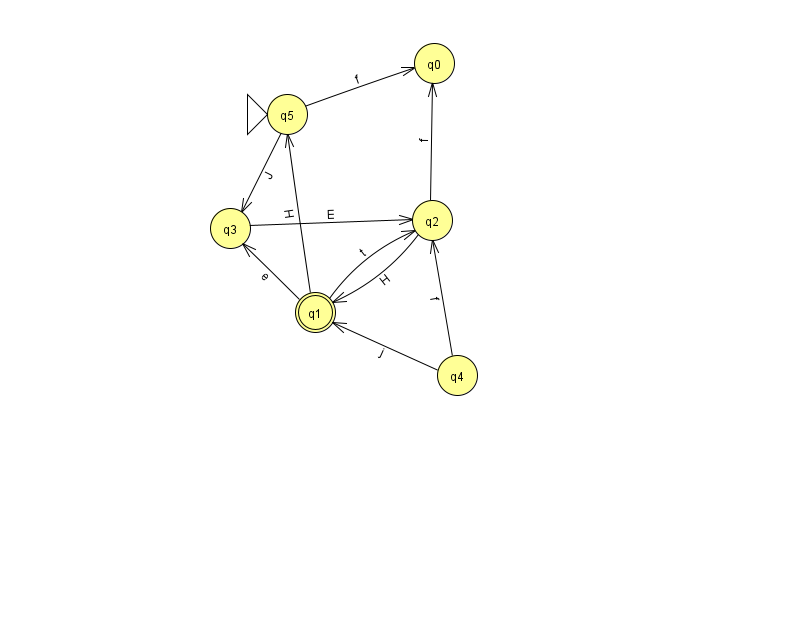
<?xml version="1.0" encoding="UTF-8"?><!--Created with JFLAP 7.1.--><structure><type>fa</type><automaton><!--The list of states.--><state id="0" name="q0"><x>434.0</x><y>50.0</y></state><state id="1" name="q1"><x>315.0</x><y>299.0</y><final/></state><state id="2" name="q2"><x>432.0</x><y>207.0</y></state><state id="3" name="q3"><x>230.0</x><y>215.0</y></state><state id="4" name="q4"><x>457.0</x><y>362.0</y></state><state id="5" name="q5"><x>287.0</x><y>101.0</y><initial/></state><!--The list of transitions.--><transition><from>4</from><to>1</to><read>j</read></transition><transition><from>1</from><to>2</to><read>t</read></transition><transition><from>2</from><to>0</to><read>f</read></transition><transition><from>5</from><to>0</to><read>f</read></transition><transition><from>1</from><to>3</to><read>e</read></transition><transition><from>3</from><to>2</to><read>E</read></transition><transition><from>2</from><to>1</to><read>H</read></transition><transition><from>1</from><to>5</to><read>H</read></transition><transition><from>5</from><to>3</to><read>J</read></transition><transition><from>4</from><to>2</to><read>f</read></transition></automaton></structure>